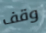
وقف